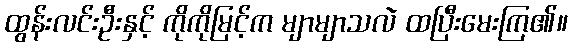
ထွန်းလင်းဦးနှင့် ကိုကိုမြင့်က မျာမျာသလဲ ထပြီးမေးကြ၏။